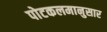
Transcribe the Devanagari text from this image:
पोटकलमानुसार